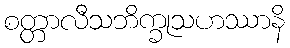
စတ္တာလီသဘိက္ခုသဟဿာနိ